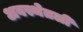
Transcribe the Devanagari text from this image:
अवस्थेतली